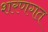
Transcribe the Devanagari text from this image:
शरणगत